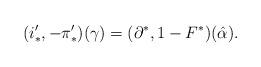
LaTeX: \begin{align*}(i'_*,-\pi'_*)(\gamma)= (\partial^*,1-F^*)(\hat \alpha).\end{align*}